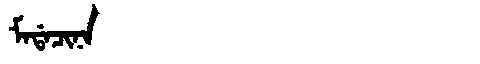
Manchu: ᠮᠠᡩᠠᠴᡳᠨᠠ
Romanization: MADACINA